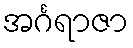
အင်္ဂရာဇာ